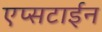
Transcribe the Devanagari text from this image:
एप्सटाईन